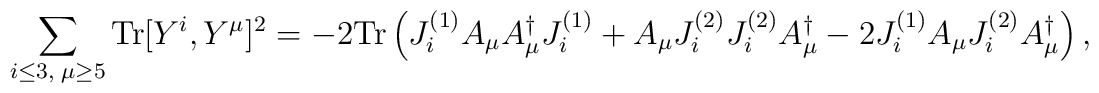
\sum_{i\leq 3,\;\mu\geq 5}{\rm Tr}[Y^{i},Y^{\mu}]^{2}=-2{\rm Tr}\left(J^{(1)}_{i}A_{\mu}A_{\mu}^{\dag}J^{(1)}_{i}+A_{\mu}J^{(2)}_{i}J^{(2)}_{i}A_{\mu}^{\dag}-2J^{(1)}_{i}A_{\mu}J^{(2)}_{i}A_{\mu}^{\dag}\right),